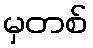
မှတစ်